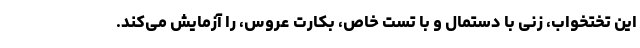
این تختخواب، زنی با دستمال و با تست خاص، بکارت عروس، را آزمایش می‌کند.